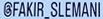
@FAKIR_SLEMANI